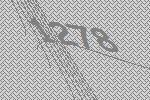
1278